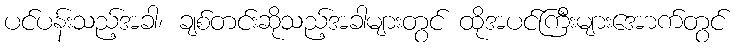
ပင်ပန်းသည့်အခါ၊ ချစ်တင်းဆိုသည့်အခါများတွင် ထိုအပင်ကြီးများအောက်တွင်